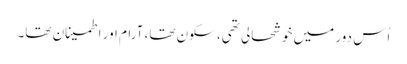
اُس دور میں خوشحالی تھی، سکون تھا، آرام اور اطمینان تھا۔